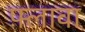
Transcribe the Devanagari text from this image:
फ़्लावा